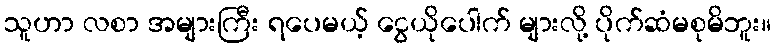
သူဟာ လစာ အများကြီး ရပေမယ့် ငွေယိုပေါက် များလို့ ပိုက်ဆံမစုမိဘူး။